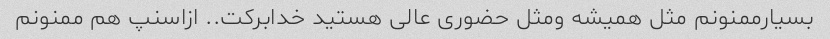
بسیارممنونم مثل همیشه ومثل حضوری عالی هستید خدابرکت.. ازاسنپ هم ممنونم